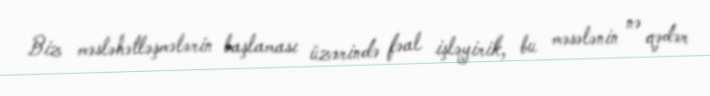
Biz məsləhətləşmələrin başlaması üzərində fəal işləyirik, bu məsələnin nə qədər